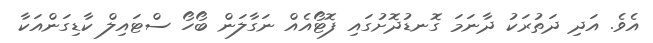
އެވެ. އަދި ދަތުރަކު ދާނަމަ ގޮނޑުދޮށުގައި ފޮޓޯއެއް ނަގާލަން ބޯހޯ ސްޓައިލް ކާޑިގަންއަކާ